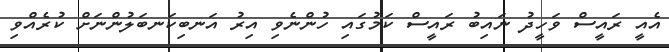
އެއީ ރައީސް ވަހީދު ނައިބު ރައީސް ކަމުގައި ހުންނެވި އިރު އަނބިކަނބަލުންނަށް ކުރެއްވި